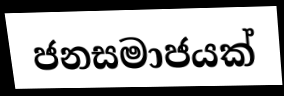
ජනසමාජයක්